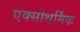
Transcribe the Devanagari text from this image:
एक्सोथर्मिक